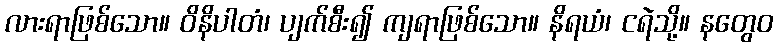
လားရာဖြစ်သော။ ဝိနိပါတံ၊ ပျက်စီး၍ ကျရာဖြစ်သော။ နိရယံ၊ ငရဲသို့။ နတွေဝ